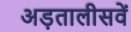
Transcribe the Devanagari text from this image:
अड़तालीसवें